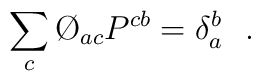
\sum _{c}\O_{ac}P^{cb}=\delta _{a}^{b}\ \  .